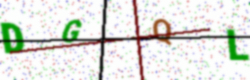
Text: DGQL